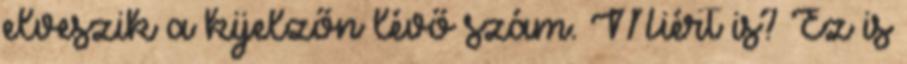
elveszik a kijelzőn lévő szám. Miért is? Ez is